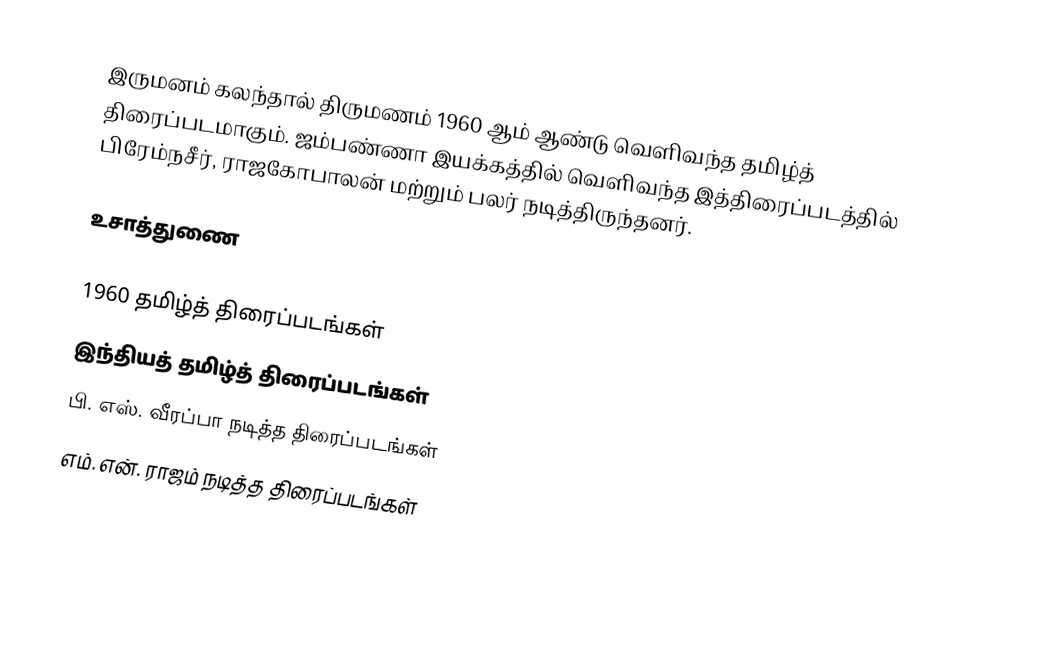
இருமனம் கலந்தால் திருமணம் 1960 ஆம் ஆண்டு வெளிவந்த தமிழ்த் திரைப்படமாகும். ஜம்பண்ணா இயக்கத்தில் வெளிவந்த இத்திரைப்படத்தில் பிரேம்நசீர், ராஜகோபாலன் மற்றும் பலர் நடித்திருந்தனர்.

உசாத்துணை

1960 தமிழ்த் திரைப்படங்கள்
இந்தியத் தமிழ்த் திரைப்படங்கள்
பி. எஸ். வீரப்பா நடித்த திரைப்படங்கள்
எம். என். ராஜம் நடித்த திரைப்படங்கள்